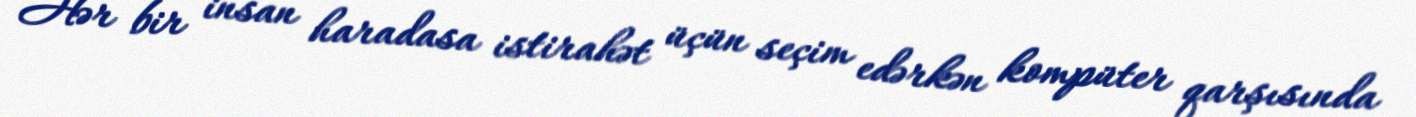
Hər bir insan haradasa istirahət üçün seçim edərkən kompüter qarşısında